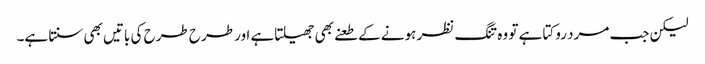
لیکن جب مرد روکتا ہے تو وہ تنگ نظر ہونے کے طعنے بھی جھیلتاہے اور طرح طرح کی باتیں بھی سنتا ہے۔